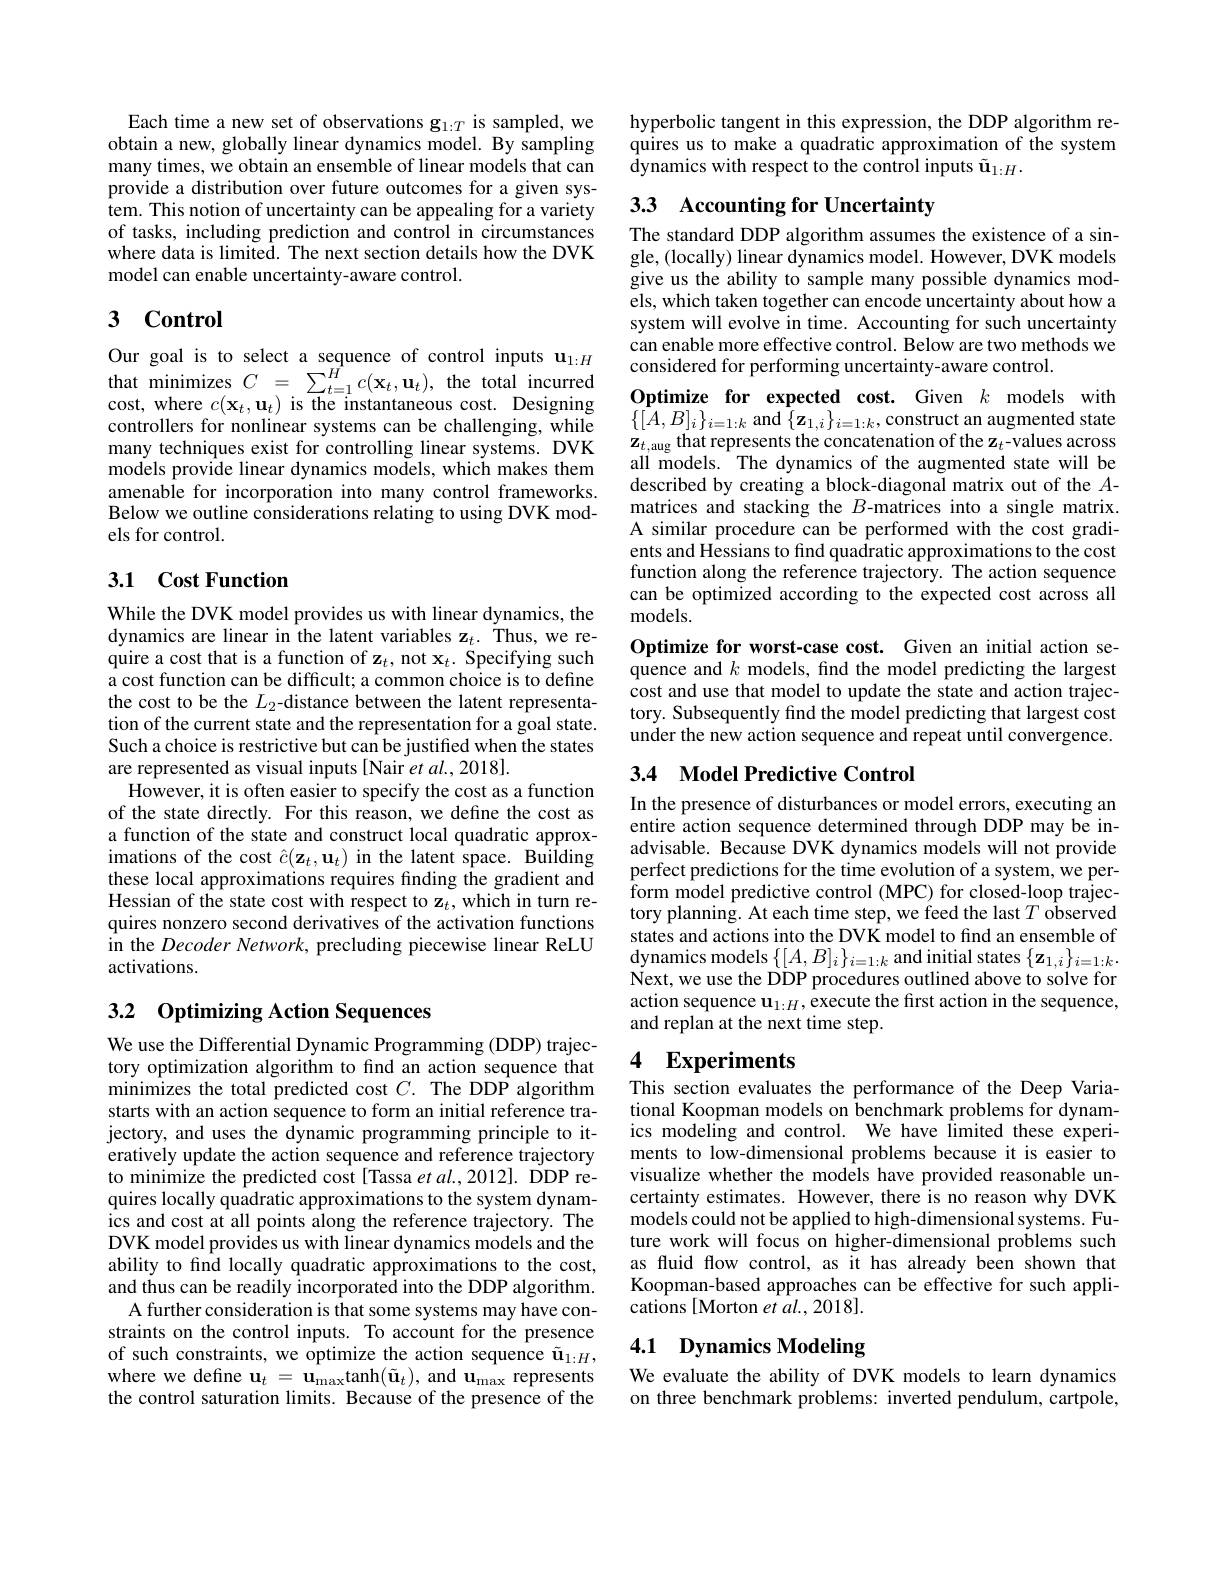
Each time a new set of observations g$_{1:T}$ is sampled, we obtain a new, globally linear dynamics model. By sampling many times, we obtain an ensemble of linear models that can provide a distribution over future outcomes for a given system. This notion of uncertainty can be appealing for a variety of tasks, including prediction and control in circumstances where data is limited. The next section details how the DVK model can enable uncertainty-aware control.

## $\textbf{3}$ $\textbf{Control}$

Our goal is to select a sequence of control inputs $\mathbf{u}_{1:H}$ $\begin{array}{l}{\mathrm{that~minimizes~}C~=~\sum_{t=1}^{H}c(\mathbf{x}_{t},\mathbf{u}_{t}),~\mathrm{the~total~incurred}}\\{\mathrm{cost,~where~}c(\mathbf{x}_{t},\mathbf{u}_{t})~\mathrm{is~the~instantaneous~cost.~Designing}}\end{array}$ controllers for nonlinear systems can be challenging, while many techniques exist for controlling linear systems. DVK models provide linear dynamics models, which makes them amenable for incorporation into many control frameworks. Below we outline considerations relating to using DVK models for control.

## 3.1 $\textbf{Cost Function}$

While the DVK model provides us with linear dynamics, the dynamics are linear in the latent variables z$_t.$ Thus, we require a cost that is a function of z$_t$, not x$_t.$ Specifying such a cost function can be difficult; a common choice is to define the cost to be the $L_2$-distance between the latent representation of the current state and the representation for a goal state. Such a choice is restrictive but can be justified when the states are represented as visual inputs[Nair et al.,2018].
However, it is often easier to specify the cost as a function of the state directly. For this reason, we define the cost as a function of the state and construct local quadratic approximations of the cost $\hat{c}(\mathbf{z}_t,\mathbf{u}_t)$ in the latent space. Building these local approximations requires finding the gradient and Hessian of the state cost with respect to z$_t$,which in turn requires nonzero second derivatives of the activation functions in the Decoder Network, precluding piecewise linear ReLU activations.

## 3.2 Optimizing Action Sequences

We use the Differential Dynamic Programming (DDP) trajectory optimization algorithm to find an action sequence that minimizes the total predicted cost $C.$ The DDP algorithm starts with an action sequence to form an initial reference trajectory, and uses the dynamic programming principle to iteratively update the action sequence and reference trajectory to minimize the predicted cost[Tassa et al.,2012]. DDP requires locally quadratic approximations to the system dynamics and cost at all points along the reference trajectory. The DVK model provides us with linear dynamics models and the ability to find locally quadratic approximations to the cost, and thus can be readily incorporated into the DDP algorithm.
A further consideration is that some systems may have constraints on the control inputs. To account for the presence of such constraints, we optimize the action sequence $\tilde{\mathbf{u}}_{1:H}$, where we define $\mathbf{u}_t=\mathbf{u}_{\mathrm{max}}$tanh$(\tilde{\mathbf{u}}_t)$,and $\mathbf{u}_\mathrm{max}$ represents the control saturation limits. Because of the presence of the

hyperbolic tangent in this expression, the DDP algorithm requires us to make a quadratic approximation of the system $\hat{\text{dynamics with respect to the control inputs }}\tilde{\mathbf{u}}_{1:H}.$

# 33 Accounting for Uncertainty

The standard DDP algorithm assumes the existence of a single, (locally) linear dynamics model. However, DVK models give us the ability to sample many possible dynamics models, which taken together can encode uncertainty about how a system will evolve in time. Accounting for such uncertainty can enable more effective control. Below are two methods we considered for performing uncertainty-aware control.

Optimize for expected cost. Given $k$ models with $\{[A,B]_{i}\}_{i=1:k}$ and $\{\mathbf{z}_{1,i}\}_{i=1:k}$,construct an augmented state $\mathbf{z}_{t,\text{aug that represents the concatenation of the z}_{t}}$-values across ali models. The dynamics of the augmented state will be described by creating a block-diagonal matrix out of the $A$- matrices and stacking the $B$-matrices into a single matrix. A similar procedure can be performed with the cost gradients and Hessians to find quadratic approximations to the cost function along the reference trajectory. The action sequence can be optimized according to the expected cost across all models.
Optimize for worst-case cost. Given an initial action sequence and $k$ models, find the model predicting the largest cost and use that model to update the state and action trajectory. Subsequently find the model predicting that largest cost under the new action sequence and repeat until convergence.

## 3.4 Model Predictive Control

In the presence of disturbances or model errors, executing an entire action sequence determined through DDP may be inadvisable. Because DVK dynamics models will not provide perfect predictions for the time evolution of a system, we perform model predictive control (MPC) for closed-loop trajectory planning. At each time step, we feed the last $T$ observed states and actions into the DVK model to find an ensemble of $\mathop{\text{dynamics models}}\left\{[A,B]_{i}\right\}_{i=1:k}\mathop{\text{and initial states}}\left\{\mathbf{z}_{1,i}\right\}_{i=1:k}.$ $\dot{\mathrm{Next,we~use~the~DDP~procedures~outlined~above~to~solve~for}}$ action sequence $\mathbf{u}_{1:H}$,execute the frst action in the sequence, and replan at the next time step.

## 4 $\textbf{Experiments}$

This section evaluates the performance of the Deep Variational Koopman models on benchmark problems for dynamics modeling and control. We have limited these experiments to low-dimensional problems because it is easier to visualize whether the models have provided reasonable uncertainty estimates. However, there is no reason why DVK models could not be applied to high-dimensional systems. Future work will focus on higher-dimensional problems such as fluid flow control, as it has already been shown that Koopman-based approaches can be effective for such applications[Morton et al., 2018].

## 4.1 Dynamics Modeling

We evaluate the ability of DVK models to learn dynamics on three benchmark problems: inverted pendulum, cartpole,